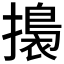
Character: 𢶑